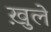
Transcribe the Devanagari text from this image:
ख़ुले